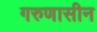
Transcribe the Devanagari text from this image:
गरुणासीन